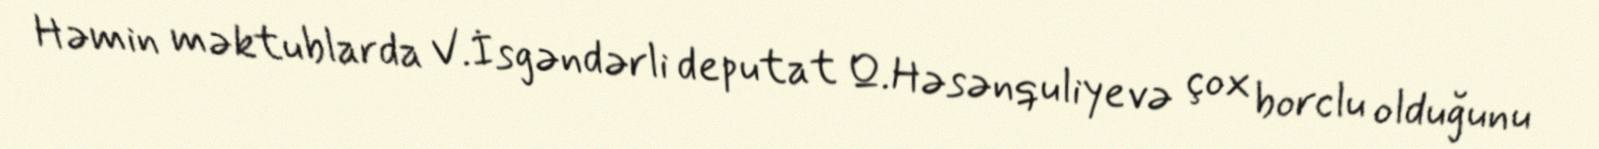
Həmin məktublarda V.İsgəndərli deputat Q.Həsənquliyevə çox borclu olduğunu